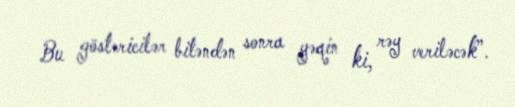
Bu göstəricilər bitəndən sonra yəqin ki, rəy veriləcək”.